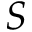
S